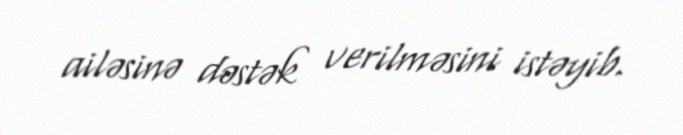
ailəsinə dəstək verilməsini istəyib.